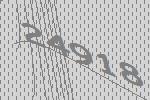
24918